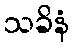
သခိနံ